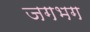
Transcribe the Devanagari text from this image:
जगभग